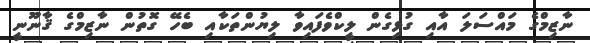
ނާޒިމްގެ މައްސަލަ އާއި ގުޅިގެން ލީކްވެފައިވާ ލިޔުންތަކާއި ބެހޭ ގޮތުން ނާޒިމްގެ ޤާނޫނީ